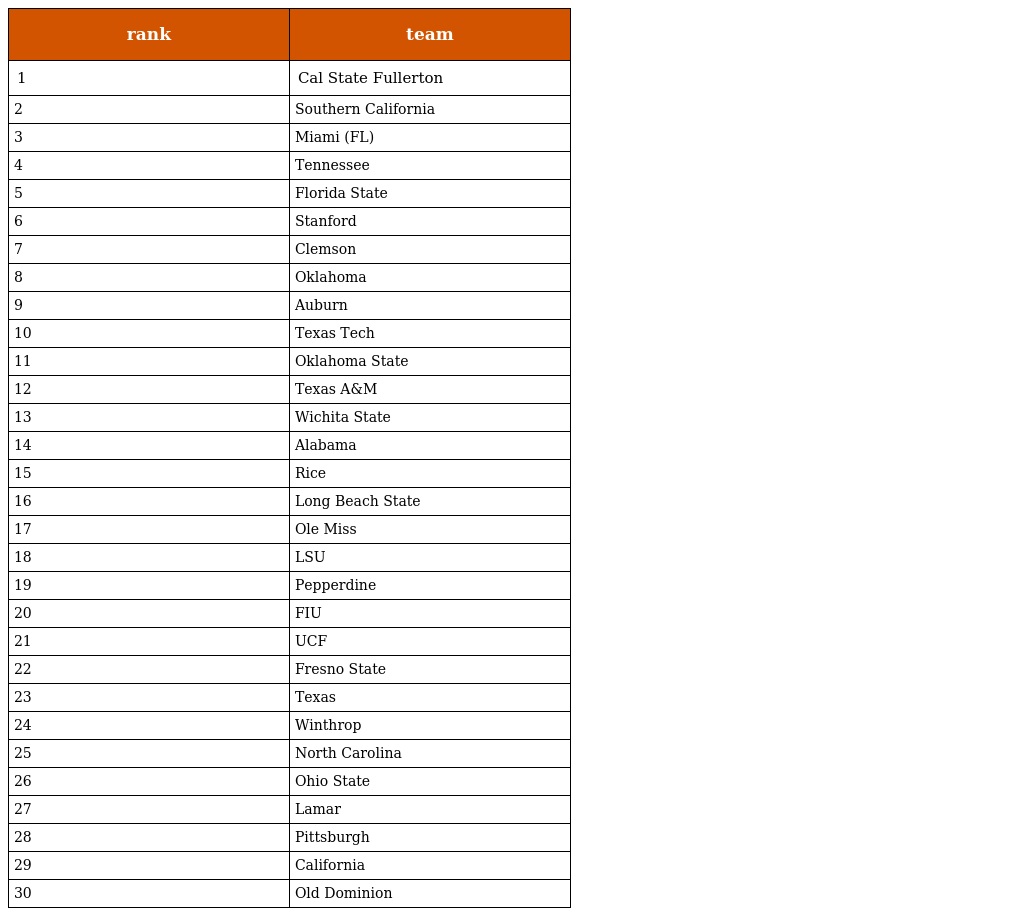
| rank | team |
 | --- | --- |
 | 1 | Cal State Fullerton |
 | 2 | Southern California |
 | 3 | Miami (FL) |
 | 4 | Tennessee |
 | 5 | Florida State |
 | 6 | Stanford |
 | 7 | Clemson |
 | 8 | Oklahoma |
 | 9 | Auburn |
 | 10 | Texas Tech |
 | 11 | Oklahoma State |
 | 12 | Texas A&M |
 | 13 | Wichita State |
 | 14 | Alabama |
 | 15 | Rice |
 | 16 | Long Beach State |
 | 17 | Ole Miss |
 | 18 | LSU |
 | 19 | Pepperdine |
 | 20 | FIU |
 | 21 | UCF |
 | 22 | Fresno State |
 | 23 | Texas |
 | 24 | Winthrop |
 | 25 | North Carolina |
 | 26 | Ohio State |
 | 27 | Lamar |
 | 28 | Pittsburgh |
 | 29 | California |
 | 30 | Old Dominion |